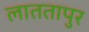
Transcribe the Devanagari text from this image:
लाततापुर